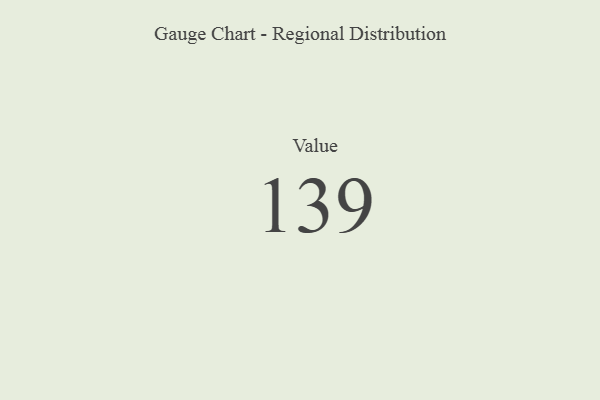
{"axis": {"x": "Metric", "y": "Value"}, "legend": [""], "data": [{"x": "Value", "y": 139, "type": ""}]}